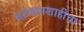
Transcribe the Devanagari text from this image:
सरंजामशाहीचा